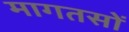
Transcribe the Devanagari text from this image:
मागतसों